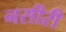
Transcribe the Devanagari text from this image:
नसीरी